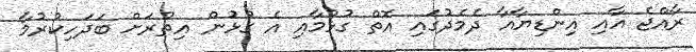
ރާއްޖެ އާއި އިންޑިޔާއާ ދެމެދުގައި އޮތް ގުޅުމާއި އެ ގުޅުން އިތުރަށް ބަދަހިކުރުމާ